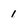
Character: 1